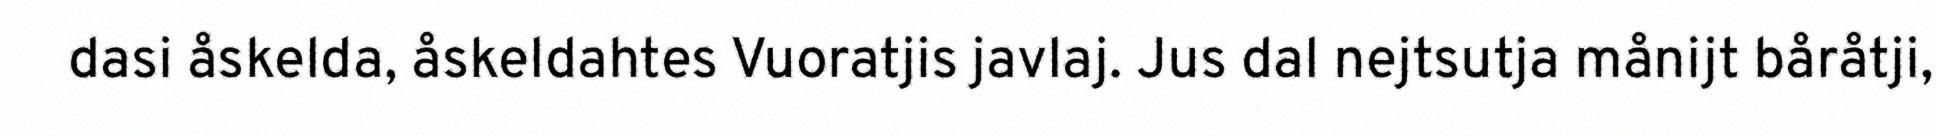
dasi åskelda, åskeldahtes Vuoratjis javlaj. Jus dal nejtsutja månijt båråtji,